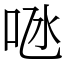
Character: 𠱁